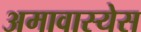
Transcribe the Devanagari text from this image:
अमावास्येस